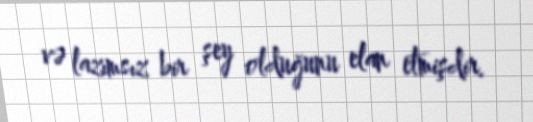
və lazımsız bir şey olduğunu elan etmişdir.